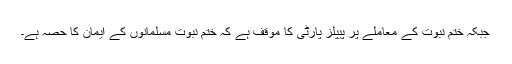
جبکہ ختمِ نبوت کے معاملے پر پیپلز پارٹی کا مؤقف ہے کہ ختمِ نبوت مسلمانوں کے ایمان کا حصہ ہے۔